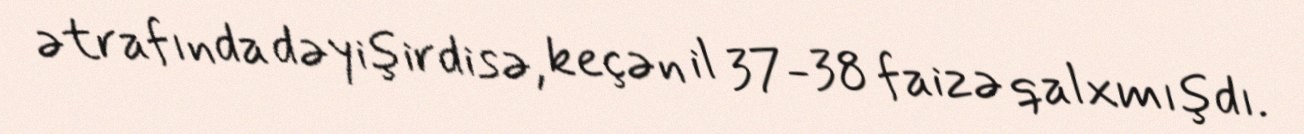
ətrafında dəyişirdisə, keçən il 37-38 faizə qalxmışdı.